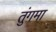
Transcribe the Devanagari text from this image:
तुंगमा